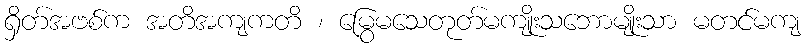
ရှိတ်အဗစ်က အတိအကျကတိ ၊ မြွေမသေတုတ်မကျိုးသဘောမျိုးသာ မတင်မကျ